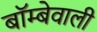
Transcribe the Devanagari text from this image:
बॉम्बेवाली